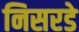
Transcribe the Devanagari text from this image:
निसरडे